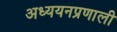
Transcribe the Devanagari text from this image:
अध्ययनप्रणाली